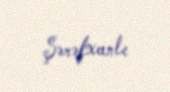
Şərəfxanlı